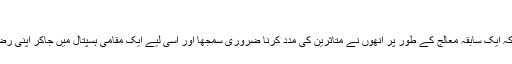
‘
مسٹر وٹمارش کہتے ہیں کہ ایک سابقہ معالج کے طور پر انھوں نے متاثرین کی مدد کرنا ضروری سمجھا اور اسی لیے ایک مقامی ہسپتال میں جاکر اپنی رضاکارآنہ خدمات پیش کیں۔